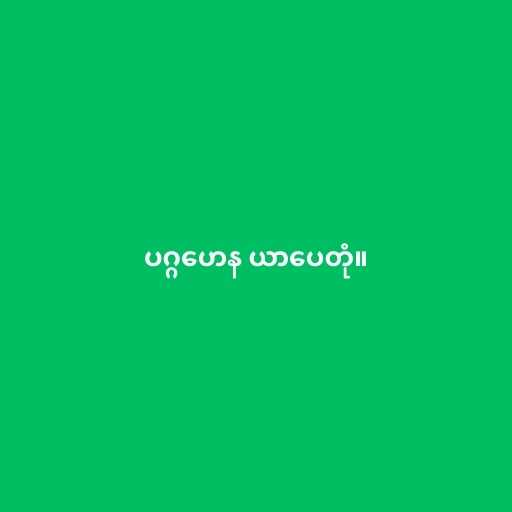
ပဂ္ဂဟေန ယာပေတုံ။